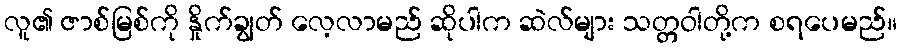
လူ၏ ဇာစ်မြစ်ကို နှိုက်ချွတ် လေ့လာမည် ဆိုပါက ဆဲလ်များ သတ္တဝါတို့က စရပေမည်။